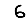
Digit: 6